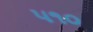
૫૧૦